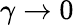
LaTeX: \gamma\rightarrow 0